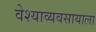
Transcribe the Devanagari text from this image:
वेश्याव्यवसायाला